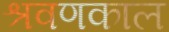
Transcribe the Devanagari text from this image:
श्रवणकाल